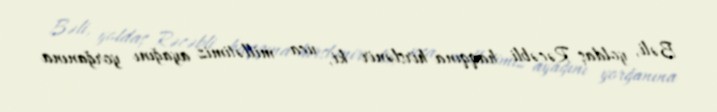
Bəli, yoldaş Rəcəbli haqqına hirslənir ki, uca millətimiz ayağını yorğanına